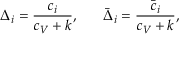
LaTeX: \Delta _ { i } = { \frac { c _ { i } } { c _ { V } + k } } , \; \; \; \; \; \; \bar { \Delta } _ { i } = { \frac { \bar { c } _ { i } } { c _ { V } + k } } ,